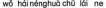
wǒ hái néng huà chū lái ne